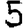
Digit: 5